Leaving Certificate Examination, 1913
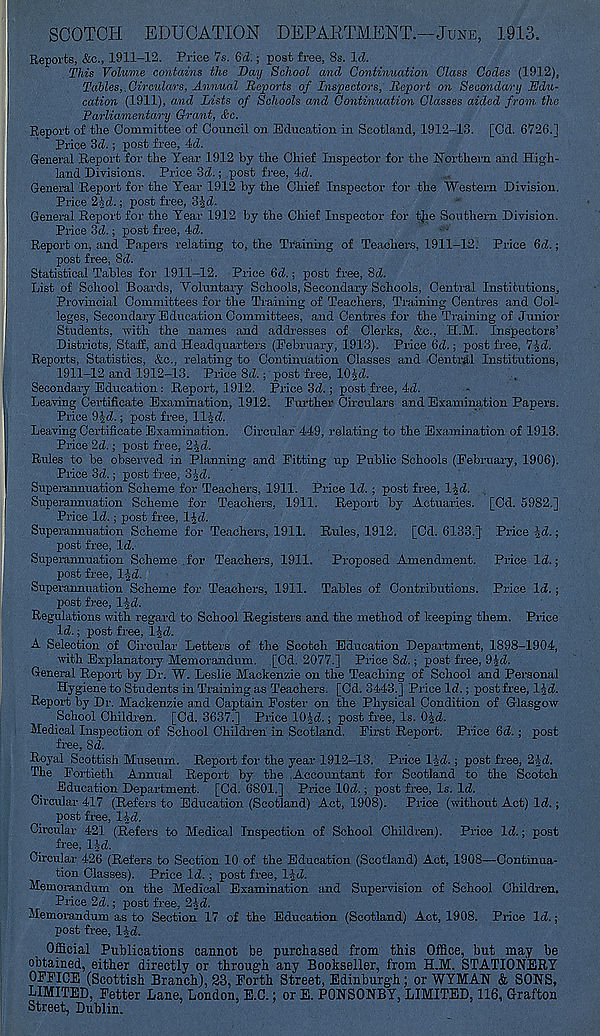
SCOTCH EDUCATION DEPARTMENT.—June, 1913.
Reports, &c., 1911-12. Price 7s. 6d.; post free, 8s. Id.
This Volume contains the Day School and Continuation Class Codes (1912),
Tables,.Circulars, Annual Reports of Inspectors, Report o?i Secondwi-y Edu-
cation (1911), and Lists of Schools and Continuation Classes aided from the
Parliamentary Grant, &c.
Report of the Committee of Council on Education in Scotland, 1912-13. [Cd. 6726."]
Price Sd.; post free, Id.
General Report for the Tear 1912 by the Chief Inspector for the Northern and High-
land Divisions. Price 3d.; post free, Id.
General Report for the Tear 1912 by the Chief Inspector for the Western Division.
Price 2-2-d.; post free, Sid.
General Report for the Tear 1912 by the Chief Inspector for tjie Southern Division.
Price 3d.; post free, Id.
Report on, and Paper's relating to, the Training of Teachers, 1911-1-2. Price 6d.;
post free, Sd.
Statistical Tables for 1911-12. Price 6d.; post free, 8d.
List of School Boards, Voluntary Schools, Secondary Schools, Central Institutions,
Provincial Committees for the Training of Teachers, Training Centres and Col-
leges, Secondary Education Committees, and Centres for the Training of Junior
Students, with the names and addresses of Clerks, &e., H.M. Inspectors’
Districts, Staff, and Headquarters (February, 1913). Price 6d.; post free, ’lid.
Reports, Statistics, &c., relating to Continuation Classes and Central Institutions,
1911-12 and 1912-13. Price 8d.; post free, 10|d.
Secondary Education : Report, 1912. Price 3d.; post free, 4d.
Leaving Certificate Examination, 1912. Further Circulars and Examination Papers.
Price 9Jd.; post free, 11-Jd.
Leaving Certificate Examination. Circular 449, relating to the Examination of 1913.
Price 2d.; post free, 2|d.
Rules to be observed in Planning and Fitting up Public Schools (February, 1906).
Price 3d.; post free, ojd.
Superannuation Scheme for Teachers, 1911. Price Id. ; post free, l^d.
Superannuation Scheme for Teachers, 1911. Report by Actuaries. [Cd. 5982.]
Price Id.; post free, l^d.
Superannuation Scheme for Teachers, 1911. Rules, 1912. [Cd. 6133.] Price Jd.;
post free, Id.
Superannuation Scheme for Teachers, 1911. Proposed Amendment. Price Id.;
post free, l^d.
Superannuation Scheme for Teachers, 1911. Tables of Contributions. Price Id.;
post free, l^d.
Regulations with regard to School Registers and the method of keeping them. Price
Id.; post free, lid.
A Selection of Circular Letters of the Scotch Education Department, 1898-1904,
with Explanatory Memorandum. [Cd. 2077.] Price Sd.; post free, 94d.
General Report by Dr. W. Leslie Mackenzie on the Teaching of School and Personal
Hygiene to Students in Training as Teachers. [Cd. 3443.] Price Id.; post free, lid.
Report by Dr. Mackenzie and Captain Foster on the Physical Condition of Glasgow
School Children. [Cd. 3637.] Price 10id.; post free, Is. Oid.
Medical Inspection of School Children in Scotland. First Report. Price fid.; post
free, 8d.
Royal Scottish Museum. Report for the year 1912-13. Price lid. ; post free, 2id.
The Fortieth Annual Report by the Accountant for Scotland to the Scotch
Education Department. [Cd. 6801.] Price lOd.; post free, Is. Id.
Circular 417 (Refers to Education (Scotland) Act, 1908). Price (without Act) Id. ;
post free, lid.
Circular 421 (Refers to Medical Inspection of School Children). Price Id.; post
free, lid.
Circular 426 (Refers to Section 10 of the Education (Scotland) Act, 1908—Continua-
tion Classes). Price Id. ; post free, lid.
Memorandum on the Medical Examination and Super-vision of School Children.
Price 2d.; post free, 21 d.
Memorandum as to Section 17 of the Education (Scotland) Act, 1908. Price Id.;
post free, lid.
Official Publications cannot be purchased from this Office, but may be
obtained, either directly or through any Bookseller, from H.M. STATIONERY
OFFICE (Scottish Branch), 23, Forth Street, Edinburgh; or WYMAN & SONS,
LIMITED, Fetter Lane, London, E.C.: or E. PONSONBY. LIMITED, 116, Grafton
Street, Dublin.
>
>
>